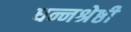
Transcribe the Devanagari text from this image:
धन्नश्रेष्ठी